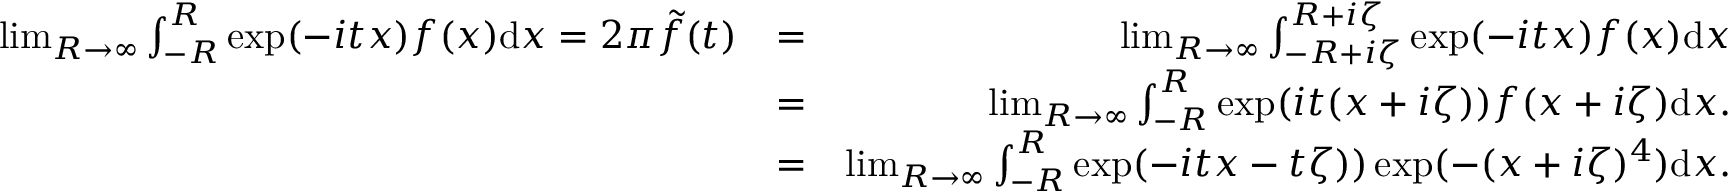
\begin{array} { r l r } { \operatorname* { l i m } _ { R \to \infty } \int _ { - R } ^ { R } \exp ( - i t x ) f ( x ) \mathrm { d } x = 2 \pi \tilde { f } ( t ) } & { = } & { \operatorname* { l i m } _ { R \to \infty } \int _ { - R + i \zeta } ^ { R + i \zeta } \exp ( - i t x ) f ( x ) \mathrm { d } x } \\ & { = } & { \operatorname* { l i m } _ { R \to \infty } \int _ { - R } ^ { R } \exp ( i t ( x + i \zeta ) ) f ( x + i \zeta ) \mathrm { d } x . } \\ & { = } & { \operatorname* { l i m } _ { R \to \infty } \int _ { - R } ^ { R } \exp ( - i t x - t \zeta ) ) \exp ( - ( x + i \zeta ) ^ { 4 } ) \mathrm { d } x . } \end{array}